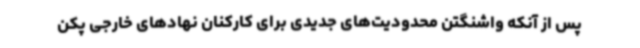
پس از آنکه واشنگتن محدودیت‌های جدیدی برای کارکنان نهادهای خارجی پکن